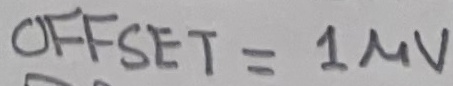
Text: OFFSET = 1µV